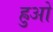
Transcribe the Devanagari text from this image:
ह्रुओ